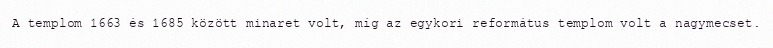
A templom 1663 és 1685 között minaret volt, míg az egykori református templom volt a nagymecset.